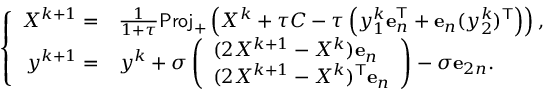
\left\{ \begin{array} { r l } { X ^ { k + 1 } = } & { \frac { 1 } { 1 + \tau } \mathsf { P r o j } _ { + } \left( X ^ { k } + \tau C - \tau \left( y _ { 1 } ^ { k } \mathbf { e } _ { n } ^ { \mathsf { T } } + \mathbf { e } _ { n } ( y _ { 2 } ^ { k } ) ^ { \mathsf { T } } \right) \right) , } \\ { y ^ { k + 1 } = } & { y ^ { k } + \sigma \left( \begin{array} { l } { ( 2 X ^ { k + 1 } - X ^ { k } ) \mathbf { e } _ { n } } \\ { ( 2 X ^ { k + 1 } - X ^ { k } ) ^ { \mathsf { T } } \mathbf { e } _ { n } } \end{array} \right) - \sigma \mathbf { e } _ { 2 n } . } \end{array} \right.